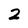
Character: 2